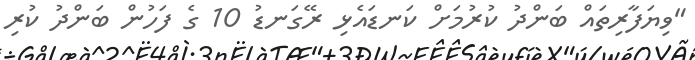
"ވިޔަފާރިތައް ބަންދު ކުރުމަށް ކަނޑައެޅި ރޭގަނޑު 10 ގެ ފަހުން ބަންދު ކުރި